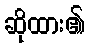
ဆိုထား၏